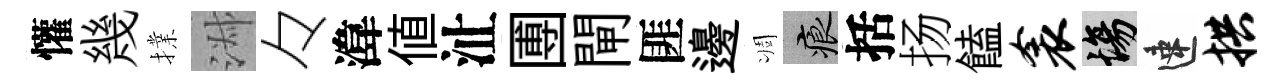
懽幾擈淑々湋値沚圑閘匪邊凋痕括扬饁衾場速拱